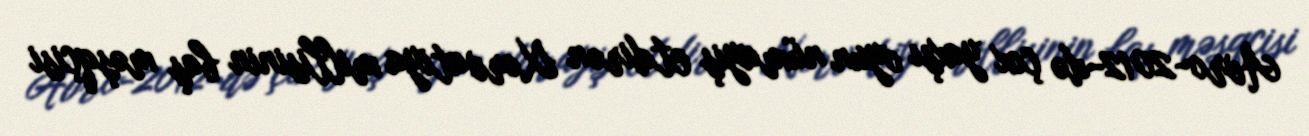
Avro-2012-də çox yaxşı oyun nümayiş etdirən Xorvatiya millisinin baş məşqçisi